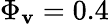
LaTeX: \Phi_{\mathbf{v}}=0.4